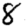
Digit: 8